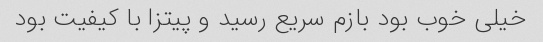
خیلی خوب بود بازم سریع رسید و پیتزا با کیفیت بود